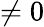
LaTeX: \ne 0